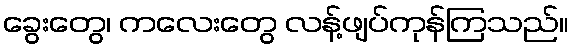
ခွေးတွေ၊ ကလေးတွေ လန့်ဖျပ်ကုန်ကြသည်။